Annual report of the Punjab Veterinary College and of the Civil Veterinary Department, Punjab - 1920-1925
Year: 1920
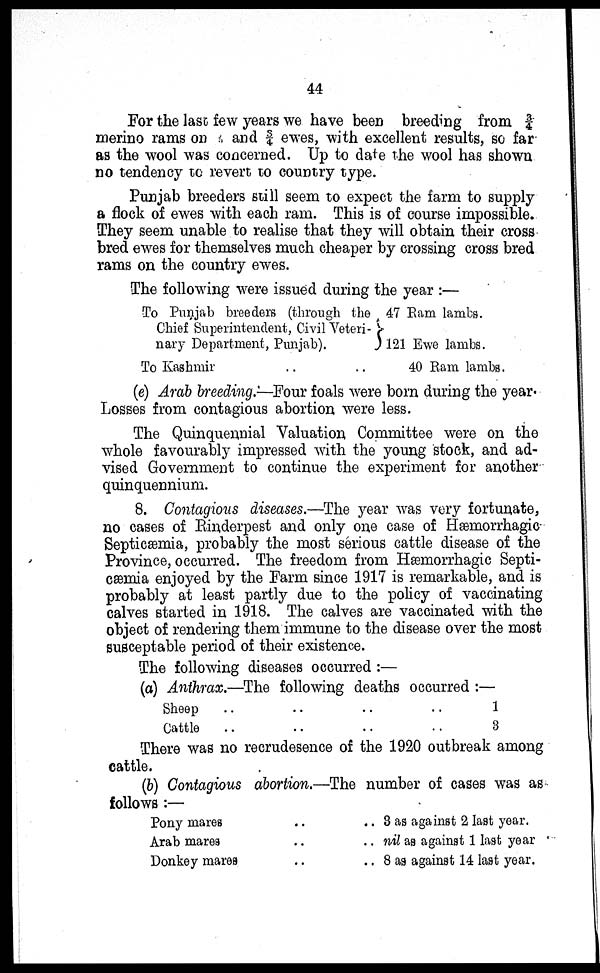
44
For the last few years we have been breeding from ¾
merino rams on 2/3 and ¾ ewes, with excellent results, so far
as the wool was concerned. Up to date the wool has shown
no tendency to revert to country type.
Punjab breeders still seem to expect the farm to supply
a flock of ewes with each ram. This is of course impossible.
They seem unable to realise that they will obtain their cross
bred ewes for themselves much cheaper by crossing cross bred
rams on the country ewes.
The following were issued during the year :—
To Punjab breeders (through the
Chief Superintendent, Civil Veteri-
nary Department, Punjab).
To Kashmir .. ..
47 Ram lambs.
121 Ewe lambs.
40 Ram lambs.
(e) Arab breeding.—Four foals were born during the year
Losses from contagious abortion were less.
The Quinquennial Valuation Committee were on the
whole favourably impressed with the young stock, and ad-
vised Government to continue the experiment for another
quinquennium.
8. Contagious diseases.—The year was very fortunate,
no cases of Rinderpest and only one case of Hæmorrhagie
Septicæmia, probably the most serious cattle disease of the
Province, occurred. The freedom from Hæmorrhagie Septi-
cæmia enjoyed by the Farm since 1917 is remarkable, and is
probably at least partly due to the policy of vaccinating
calves started in 1918. The calves are vaccinated with the
object of rendering them immune to the disease over the most
susceptable period of their existence.
The following diseases occurred :—
(a) Anthrax.—The following deaths occurred :—
Sheep .. .. .. ..
Cattle .. .. .. ..
1
3
There was no recrudesence of the 1920 outbreak among
cattle.
(b) Contagious abortion.—The number of cases was as
follows:—
Pony mares
Arab mares
Donkey mares
..
..
..
.. 3 as against 2 last year.
.. nil as against 1 last year
.. 8 as against 14 last year.